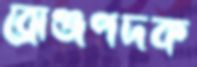
ব্রোঞ্জপদক